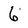
Character: 6